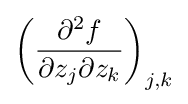
\left({\frac {\partial ^{2}f}{\partial z_{j}\partial z_{k}}}\right)_{j,k}